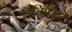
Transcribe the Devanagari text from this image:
शक्तिघात